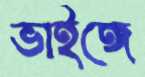
ভাইঙ্গে